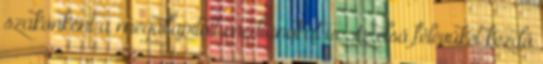
szakonként a megállapított mediánokat is Az első félévüket kezdő